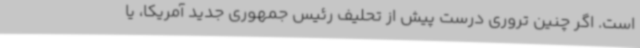
است. اگر چنین تروری درست پیش از تحلیف رئیس جمهوری جدید آمریکا، یا